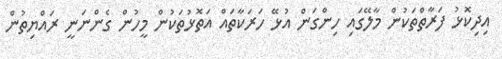
އިދިކޮޅު ފަރާތްތަކުން މާލޭގައި ހިންގަން އުޅޭ ހަރަކާތައް އަތޮޅުތަކުން މީހުން ގެންނަނީ ރައްޔިތުން